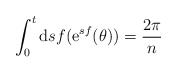
\begin{align*}\int_{0}^{t} {\rm d} s f ({\rm e}^{sf}(\theta)) = \frac{2 \pi}{n}\end{align*}